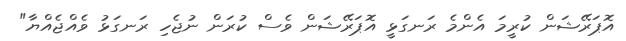
އޮޕަރޭޝަން ކުރީމަ އެންމެ ރަނގަޅީ އޮޕަރޭޝަން ވެސް ކުރަން ނުޖެހި ރަނގަޅު ވެއްޖެއްޔާ"